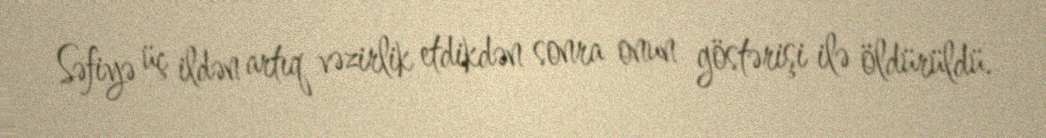
Səfiyə üç ildən artıq vəzirlik etdikdən sonra onun göstərişi ilə öldürüldü.